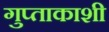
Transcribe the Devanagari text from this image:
गुप्‍ताकाशी